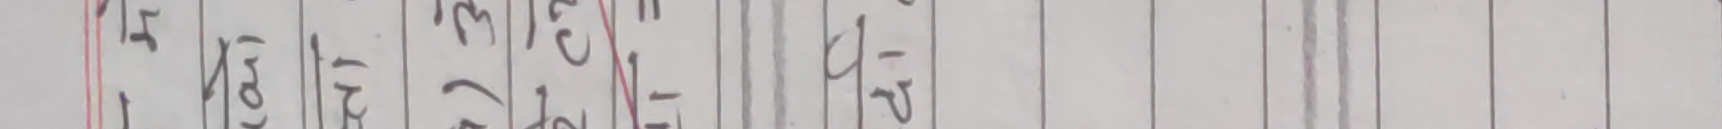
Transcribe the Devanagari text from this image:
१त्र २० ३त्र ४१० ५त्र